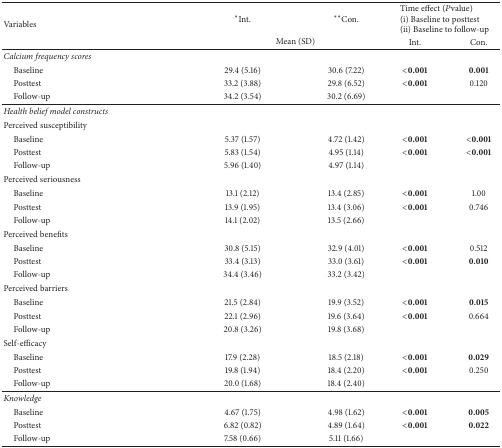
<table><thead><tr><td rowspan="2"><b>Variables</b></td><td><b>*Int.</b></td><td><b>**Con.</b></td><td colspan="2"><b>Time effect (<i>P</i>value)(i) Baseline to posttest(ii) Baseline to follow-up</b></td></tr><tr><td colspan="2"><b>Mean (SD)</b></td><td><b>Int.</b></td><td><b>Con.</b></td></tr></thead><tbody><tr><td><i>Calcium frequency scores </i></td><td> </td><td> </td><td> </td><td> </td></tr><tr><td> Baseline</td><td>29.4 (5.16)</td><td>30.6 (7.22)</td><td><b>&lt;0.001</b></td><td><b>0.001</b></td></tr><tr><td> Posttest</td><td>33.2 (3.88)</td><td>29.8 (6.52)</td><td><b>&lt;0.001</b></td><td>0.120</td></tr><tr><td> Follow-up</td><td>34.2 (3.54)</td><td>30.2 (6.69)</td><td> </td><td> </td></tr><tr><td><i>Health belief model constructs </i></td><td> </td><td> </td><td> </td><td> </td></tr><tr><td>Perceived susceptibility</td><td> </td><td> </td><td> </td><td> </td></tr><tr><td> Baseline</td><td>5.37 (1.57)</td><td>4.72 (1.42)</td><td><b>&lt;0.001</b></td><td><b>&lt;0.001</b></td></tr><tr><td> Posttest</td><td>5.83 (1.54)</td><td>4.95 (1.14)</td><td><b>&lt;0.001</b></td><td><b>&lt;0.001</b></td></tr><tr><td> Follow-up</td><td>5.96 (1.40)</td><td>4.97 (1.14)</td><td> </td><td> </td></tr><tr><td>Perceived seriousness</td><td> </td><td> </td><td> </td><td> </td></tr><tr><td> Baseline</td><td>13.1 (2.12)</td><td>13.4 (2.85)</td><td><b>&lt;0.001</b></td><td>1.00</td></tr><tr><td> Posttest</td><td>13.9 (1.95)</td><td>13.4 (3.06)</td><td><b>&lt;0.001</b></td><td>0.746</td></tr><tr><td> Follow-up</td><td>14.1 (2.02)</td><td>13.5 (2.66)</td><td> </td><td> </td></tr><tr><td>Perceived benefits</td><td> </td><td> </td><td> </td><td> </td></tr><tr><td> Baseline</td><td>30.8 (5.15)</td><td>32.9 (4.01)</td><td><b>&lt;0.001</b></td><td>0.512</td></tr><tr><td> Posttest</td><td>33.4 (3.13)</td><td>33.0 (3.61)</td><td><b>&lt;0.001</b></td><td><b>0.010</b></td></tr><tr><td> Follow-up</td><td>34.4 (3.46)</td><td>33.2 (3.42)</td><td> </td><td> </td></tr><tr><td>Perceived barriers</td><td> </td><td> </td><td> </td><td> </td></tr><tr><td> Baseline</td><td>21.5 (2.84)</td><td>19.9 (3.52)</td><td><b>&lt;0.001</b></td><td><b>0.015</b></td></tr><tr><td> Posttest</td><td>22.1 (2.96)</td><td>19.6 (3.64)</td><td><b>&lt;0.001</b></td><td>0.664</td></tr><tr><td> Follow-up</td><td>20.8 (3.26)</td><td>19.8 (3.68)</td><td> </td><td> </td></tr><tr><td>Self-efficacy</td><td> </td><td> </td><td> </td><td> </td></tr><tr><td> Baseline</td><td>17.9 (2.28)</td><td>18.5 (2.18)</td><td><b>&lt;0.001</b></td><td><b>0.029</b></td></tr><tr><td> Posttest</td><td>19.8 (1.94)</td><td>18.4 (2.20)</td><td><b>&lt;0.001</b></td><td>0.250</td></tr><tr><td> Follow-up</td><td>20.0 (1.68)</td><td>18.4 (2.40)</td><td> </td><td> </td></tr><tr><td><i>Knowledge </i></td><td> </td><td> </td><td> </td><td> </td></tr><tr><td> Baseline</td><td>4.67 (1.75)</td><td>4.98 (1.62)</td><td><b>&lt;0.001</b></td><td><b>0.005</b></td></tr><tr><td> Posttest</td><td>6.82 (0.82)</td><td>4.89 (1.64)</td><td><b>&lt;0.001</b></td><td><b>0.022</b></td></tr><tr><td> Follow-up</td><td>7.58 (0.66)</td><td>5.11 (1.66)</td><td> </td><td> </td></tr></tbody></table>